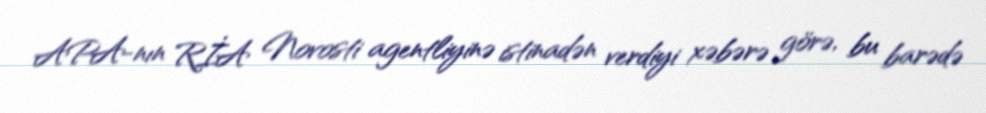
APA-nın RİA Novosti agentliyinə istinadən verdiyi xəbərə görə, bu barədə